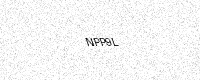
Text: NPP9L